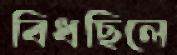
বিঁধছিলে